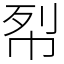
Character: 㡂